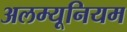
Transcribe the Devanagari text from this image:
अलम्यूनियम